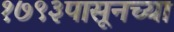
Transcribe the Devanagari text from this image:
१७९३पासूनच्या